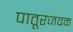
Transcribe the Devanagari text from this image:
पातूरजवळ